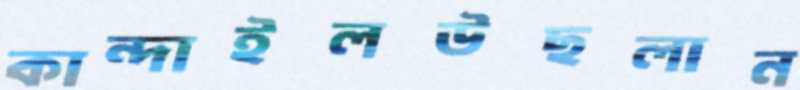
কান্দাইলউছলান